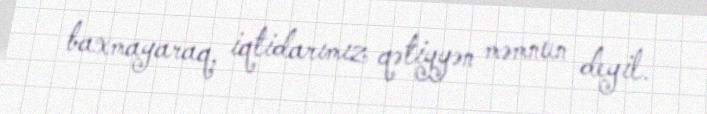
baxmayaraq, iqtidarımız qətiyyən məmnun deyil.